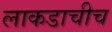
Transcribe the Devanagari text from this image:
लाकडाचीच